Report on malaria in the Punjab during the year ...  together with an account of the work of the Punjab Malaria Bureau - Volume 1
Disease focus: Malaria
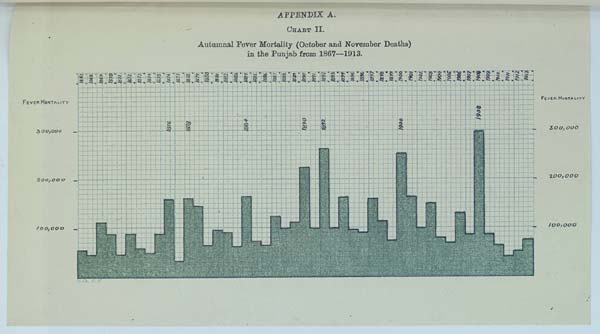
APPENDIX A.
CHART II.
Autumnal Fever Mortality (October and November Deaths)
in the Punjab from 1867—1913.